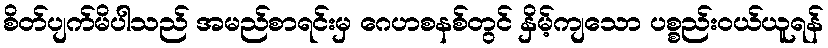
စိတ်ပျက်မိပါသည် အမည်စာရင်းမှ ဂေဟစနစ်တွင် နှိမ့်ကျသော ပစ္စည်းဝယ်ယူရန်